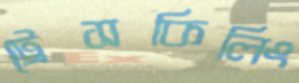
ট্রেসকিলিং